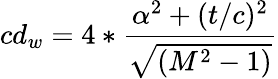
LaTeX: cd_{w}=4*{\frac{\alpha^{2}+(t/c)^{2}}{\sqrt{(M^{2}-1)}}}